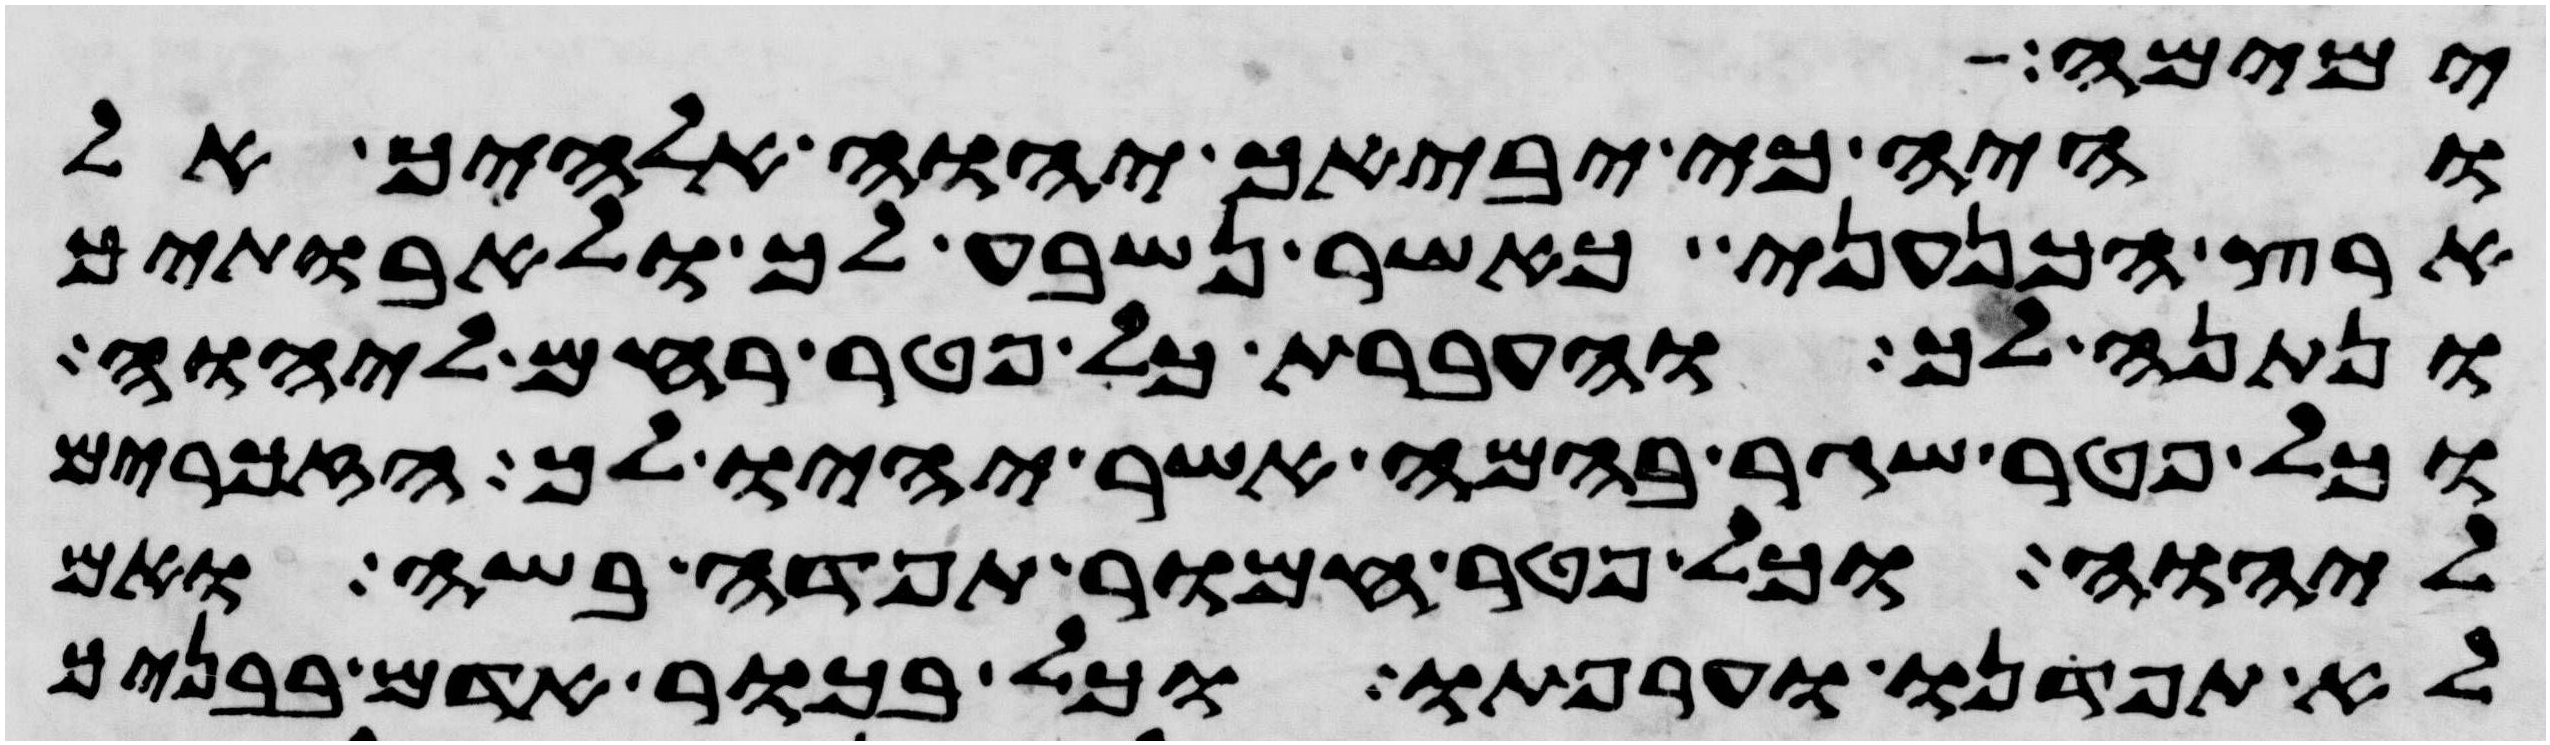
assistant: ימימה
והיה כי יביאך יהוה אלהיך אל
ארץ הכנעני כאשר נשבע לך ולאבתיך
ונתנה לך והעברת כל פטר רחם ליהוה
וכל פטר שגר בהמה אשר יהיו לך הזכרים
ליהוה וכל פטר חמור תפדה בשה ואם
לא תפדנו וערפתו וכל בכור אדם בבניך